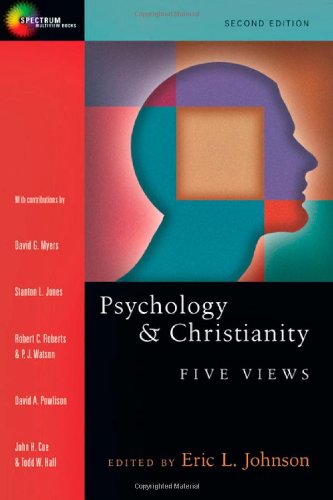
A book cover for Psychology  Christianity: Five Views (Spectrum); Christian Books & Bibles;